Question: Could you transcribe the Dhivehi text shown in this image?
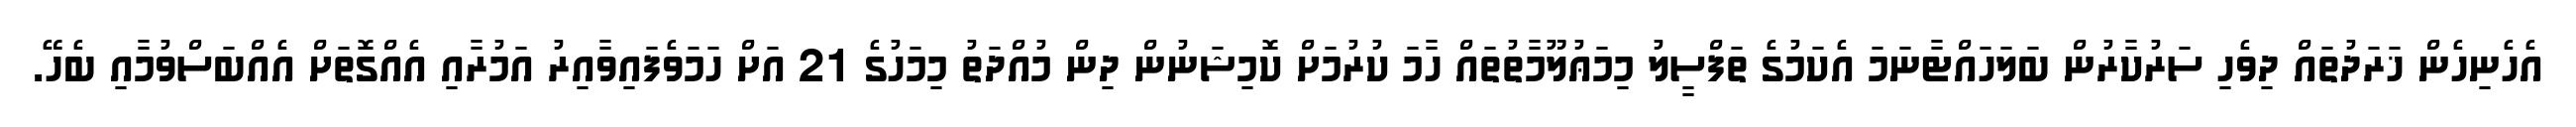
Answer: އެހެނިހެން ޚަރަދުތައް ދިވެހި ސަރުކާރުން ބަލަހައްޓާނަމަ އެކަމުގެ ތަފްސީލު މިމަޢުލޫމާތުތައް ހާމަ ކުރުމަށް ކޮމިޝަނުން ދިން މުއްދަތު މިމަހުގެ 21 އަށް ހަމަވެފައިވާއިރު އަމުރާއި އެއްގޮތަށް އެއްބަސްވުމާއި ބެހޭ.